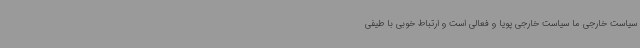
سیاست خارجی ما سیاست خارجی پویا و فعالی است و ارتباط خوبی با طیفی